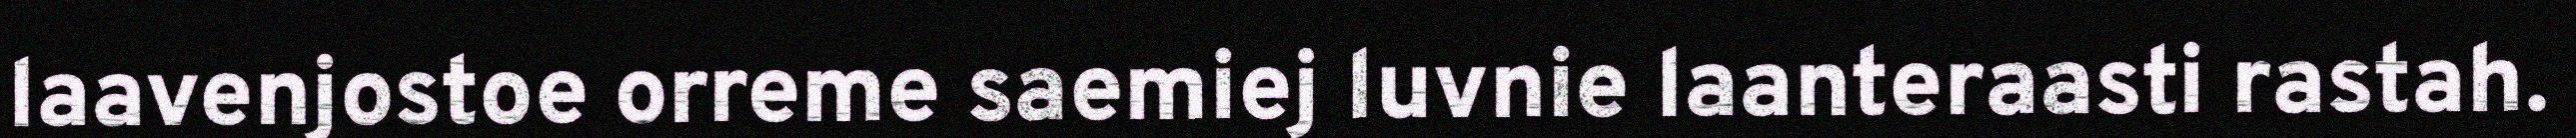
laavenjostoe orreme saemiej luvnie laanteraasti rastah.